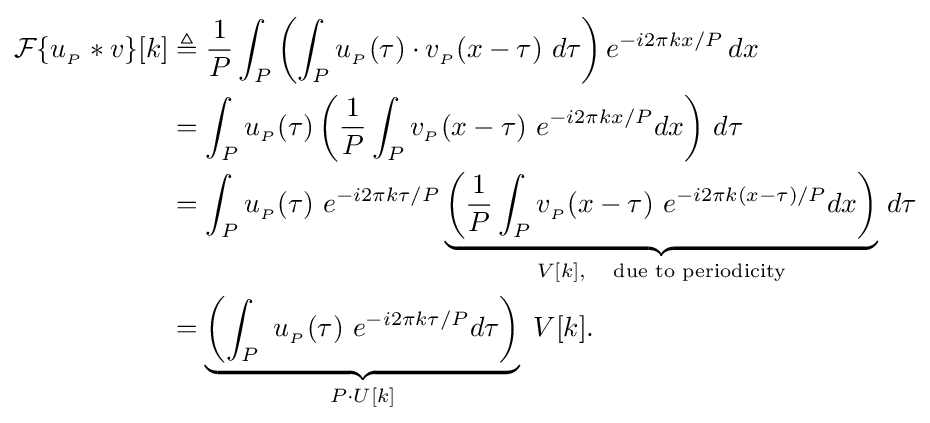
{\begin{aligned}{\mathcal {F}}\{u_{_{P}}*v\}[k]&\triangleq {\frac {1}{P}}\int _{P}\left(\int _{P}u_{_{P}}(\tau )\cdot v_{_{P}}(x-\tau )\ d\tau \right)e^{-i2\pi kx/P}\,dx\\&=\int _{P}u_{_{P}}(\tau )\left({\frac {1}{P}}\int _{P}v_{_{P}}(x-\tau )\ e^{-i2\pi kx/P}dx\right)\,d\tau \\&=\int _{P}u_{_{P}}(\tau )\ e^{-i2\pi k\tau /P}\underbrace {\left({\frac {1}{P}}\int _{P}v_{_{P}}(x-\tau )\ e^{-i2\pi k(x-\tau )/P}dx\right)} _{V[k],\quad {\text{due to periodicity}}}\,d\tau \\&=\underbrace {\left(\int _{P}\ u_{_{P}}(\tau )\ e^{-i2\pi k\tau /P}d\tau \right)} _{P\cdot U[k]}\ V[k].\end{aligned}}